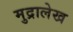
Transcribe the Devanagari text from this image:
मुद्रालेख